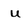
Character: u